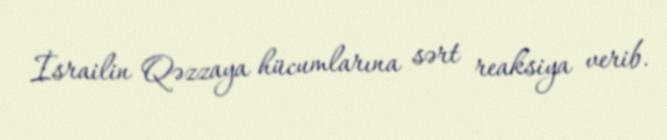
İsrailin Qəzzaya hücumlarına sərt reaksiya verib.